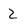
Character: 2